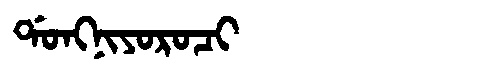
Manchu: ᡩᠣᠩᠨᡳᠶᠣᡵᠣᠴᡳ
Romanization: DONGNIYOROCI